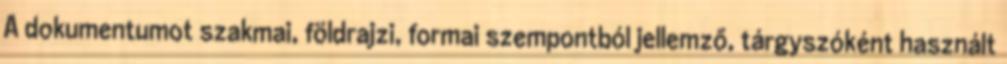
A dokumentumot szakmai, földrajzi, formai szempontból jellemző, tárgyszóként használt